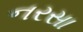
નરસા